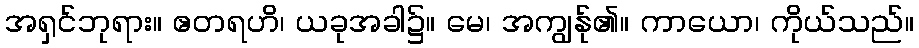
အရှင်ဘုရား။ ဧတရဟိ၊ ယခုအခါ၌။ မေ၊ အကျွန်ု၏။ ကာယော၊ ကိုယ်သည်။